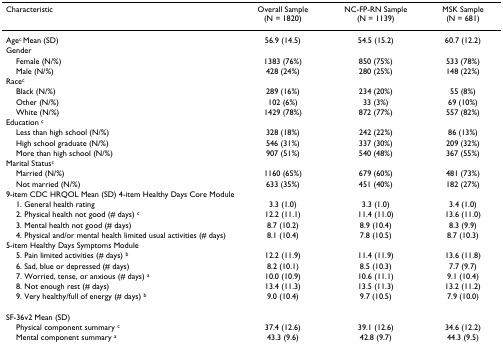
<table><thead><tr><td><b>Characteristic</b></td><td><b>Overall Sample (N = 1820)</b></td><td><b>NC-FP-RN Sample (N = 1139)</b></td><td><b>MSK Sample (N = 681)</b></td></tr></thead><tbody><tr><td>Age<sup>c </sup>Mean (SD)</td><td>56.9 (14.5)</td><td>54.5 (15.2)</td><td>60.7 (12.2)</td></tr><tr><td>Gender</td><td></td><td></td><td></td></tr><tr><td> Female (N/%)</td><td>1383 (76%)</td><td>850 (75%)</td><td>533 (78%)</td></tr><tr><td> Male (N/%)</td><td>428 (24%)</td><td>280 (25%)</td><td>148 (22%)</td></tr><tr><td>Race<sup>c</sup></td><td></td><td></td><td></td></tr><tr><td> Black (N/%)</td><td>289 (16%)</td><td>234 (20%)</td><td>55 (8%)</td></tr><tr><td> Other (N/%)</td><td>102 (6%)</td><td>33 (3%)</td><td>69 (10%)</td></tr><tr><td> White (N/%)</td><td>1429 (78%)</td><td>872 (77%)</td><td>557 (82%)</td></tr><tr><td>Education <sup>c</sup></td><td></td><td></td><td></td></tr><tr><td> Less than high school (N/%)</td><td>328 (18%)</td><td>242 (22%)</td><td>86 (13%)</td></tr><tr><td> High school graduate (N/%)</td><td>546 (31%)</td><td>337 (30%)</td><td>209 (32%)</td></tr><tr><td> More than high school (N/%)</td><td>907 (51%)</td><td>540 (48%)</td><td>367 (55%)</td></tr><tr><td>Marital Status<sup>c</sup></td><td></td><td></td><td></td></tr><tr><td> Married (N/%)</td><td>1160 (65%)</td><td>679 (60%)</td><td>481 (73%)</td></tr><tr><td> Not married (N/%)</td><td>633 (35%)</td><td>451 (40%)</td><td>182 (27%)</td></tr><tr><td>9-item CDC HRQOL Mean (SD) 4-item Healthy Days Core Module</td><td></td><td></td><td></td></tr><tr><td> 1. General health rating</td><td>3.3 (1.0)</td><td>3.3 (1.0)</td><td>3.4 (1.0)</td></tr><tr><td> 2. Physical health not good (# days) <sup>c</sup></td><td>12.2 (11.1)</td><td>11.4 (11.0)</td><td>13.6 (11.0)</td></tr><tr><td> 3. Mental health not good (# days)</td><td>8.7 (10.2)</td><td>8.9 (10.4)</td><td>8.3 (9.9)</td></tr><tr><td> 4. Physical and/or mental health limited usual activities (# days)</td><td>8.1 (10.4)</td><td>7.8 (10.5)</td><td>8.7 (10.3)</td></tr><tr><td>5-item Healthy Days Symptoms Module</td><td></td><td></td><td></td></tr><tr><td> 5. Pain limited activities (# days) <sup>b</sup></td><td>12.2 (11.9)</td><td>11.4 (11.9)</td><td>13.6 (11.8)</td></tr><tr><td> 6. Sad, blue or depressed (# days)</td><td>8.2 (10.1)</td><td>8.5 (10.3)</td><td>7.7 (9.7)</td></tr><tr><td> 7. Worried, tense, or anxious (# days) <sup>a</sup></td><td>10.0 (10.9)</td><td>10.6 (11.1)</td><td>9.1 (10.4)</td></tr><tr><td> 8. Not enough rest (# days)</td><td>13.4 (11.3)</td><td>13.5 (11.3)</td><td>13.2 (11.2)</td></tr><tr><td> 9. Very healthy/full of energy (# days) <sup>b</sup></td><td>9.0 (10.4)</td><td>9.7 (10.5)</td><td>7.9 (10.0)</td></tr><tr><td>SF-36v2 Mean (SD)</td><td></td><td></td><td></td></tr><tr><td> Physical component summary <sup>c</sup></td><td>37.4 (12.6)</td><td>39.1 (12.6)</td><td>34.6 (12.2)</td></tr><tr><td> Mental component summary <sup>a</sup></td><td>43.3 (9.6)</td><td>42.8 (9.7)</td><td>44.3 (9.5)</td></tr></tbody></table>